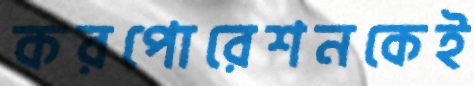
করপোরেশনকেই